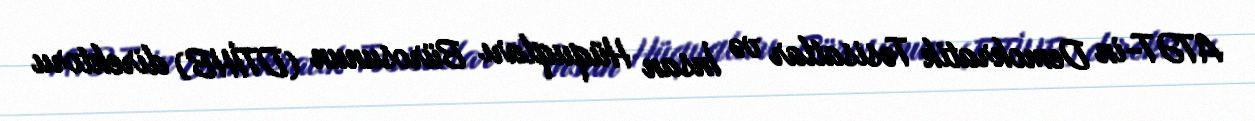
ATƏT-in Demokratik Təsisatlar və İnsan Hüquqları Bürosunun (DTİHB) direktoru